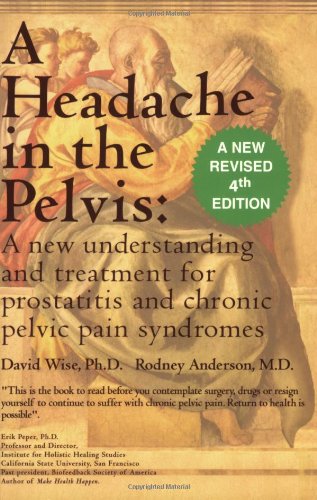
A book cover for A Headache in the Pelvis: A New Understanding and Treatment for Prostatitis and Chronic Pelvic Pain Syndromes, 4th Edition; David Wise; Health, Fitness & Dieting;